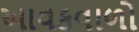
આવકવાળો